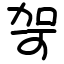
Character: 哿